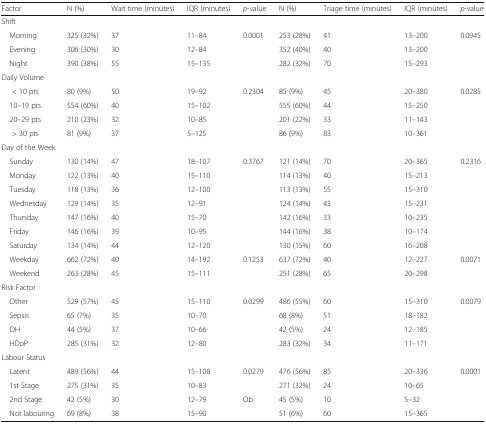
<table><thead><tr><td><b>Factor</b></td><td><b>N (%)</b></td><td><b>Wait time (minutes)</b></td><td><b>IQR (minutes)</b></td><td><b><i>p</i>-value</b></td><td><b>N (%)</b></td><td><b>Triage time (minutes)</b></td><td><b>IQR (minutes)</b></td><td><b><i>p</i>-value</b></td></tr></thead><tbody><tr><td colspan="9">Shift</td></tr><tr><td> Morning</td><td>325 (32%)</td><td>37</td><td>11–84</td><td>0.0001</td><td>253 (28%)</td><td>41</td><td>13–200</td><td>0.0945</td></tr><tr><td> Evening</td><td>306 (30%)</td><td>30</td><td>12–84</td><td></td><td>352 (40%)</td><td>40</td><td>13–200</td><td></td></tr><tr><td> Night</td><td>390 (38%)</td><td>55</td><td>15–135</td><td></td><td>282 (32%)</td><td>70</td><td>15–293</td><td></td></tr><tr><td colspan="9">Daily Volume</td></tr><tr><td>&lt; 10 pts</td><td>80 (9%)</td><td>50</td><td>19–92</td><td>0.2304</td><td>85 (9%)</td><td>45</td><td>20–380</td><td>0.0285</td></tr><tr><td> 10–19 pts</td><td>554 (60%)</td><td>40</td><td>15–102</td><td></td><td>555 (60%)</td><td>44</td><td>15–250</td><td></td></tr><tr><td> 20–29 pts</td><td>210 (23%)</td><td>32</td><td>10–85</td><td></td><td>201 (22%)</td><td>33</td><td>11–143</td><td></td></tr><tr><td>&gt; 30 pts</td><td>81 (9%)</td><td>37</td><td>5–125</td><td></td><td>86 (9%)</td><td>83</td><td>10–361</td><td></td></tr><tr><td colspan="9">Day of the Week</td></tr><tr><td> Sunday</td><td>130 (14%)</td><td>47</td><td>18–107</td><td>0.3767</td><td>121 (14%)</td><td>70</td><td>20–365</td><td>0.2316</td></tr><tr><td> Monday</td><td>122 (13%)</td><td>40</td><td>15–110</td><td></td><td>114 (13%)</td><td>40</td><td>15–213</td><td></td></tr><tr><td> Tuesday</td><td>118 (13%)</td><td>36</td><td>12–100</td><td></td><td>113 (13%)</td><td>55</td><td>15–310</td><td></td></tr><tr><td> Wednesday</td><td>129 (14%)</td><td>35</td><td>12–91</td><td></td><td>124 (14%)</td><td>43</td><td>15–231</td><td></td></tr><tr><td> Thursday</td><td>147 (16%)</td><td>40</td><td>15–70</td><td></td><td>142 (16%)</td><td>33</td><td>10–235</td><td></td></tr><tr><td> Friday</td><td>146 (16%)</td><td>39</td><td>10–95</td><td></td><td>144 (16%)</td><td>38</td><td>10–174</td><td></td></tr><tr><td> Saturday</td><td>134 (14%)</td><td>44</td><td>12–120</td><td></td><td>130 (15%)</td><td>60</td><td>16–208</td><td></td></tr><tr><td> Weekday</td><td>662 (72%)</td><td>40</td><td>14–192</td><td>0.1253</td><td>637 (72%)</td><td>40</td><td>12–227</td><td>0.0071</td></tr><tr><td> Weekend</td><td>263 (28%)</td><td>45</td><td>15–111</td><td></td><td>251 (28%)</td><td>65</td><td>20–298</td><td></td></tr><tr><td colspan="9">Risk Factor</td></tr><tr><td> Other</td><td>529 (57%)</td><td>45</td><td>15–110</td><td>0.0299</td><td>486 (55%)</td><td>60</td><td>15–310</td><td>0.0079</td></tr><tr><td> Sepsis</td><td>65 (7%)</td><td>35</td><td>10–70</td><td></td><td>68 (8%)</td><td>51</td><td>18–182</td><td></td></tr><tr><td> OH</td><td>44 (5%)</td><td>37</td><td>10–66</td><td></td><td>42 (5%)</td><td>24</td><td>12–185</td><td></td></tr><tr><td> HDoP</td><td>285 (31%)</td><td>32</td><td>12–80</td><td></td><td>283 (32%)</td><td>34</td><td>11–171</td><td></td></tr><tr><td colspan="9">Labour Status</td></tr><tr><td> Latent</td><td>489 (56%)</td><td>44</td><td>15–108</td><td>0.0279</td><td>476 (56%)</td><td>85</td><td>20–336</td><td>0.0001</td></tr><tr><td> 1st Stage</td><td>275 (31%)</td><td>35</td><td>10–83</td><td></td><td>271 (32%)</td><td>24</td><td>10–65</td><td></td></tr><tr><td> 2nd Stage</td><td>42 (5%)</td><td>30</td><td>12–79</td><td>Ob</td><td>45 (5%)</td><td>10</td><td>5–32</td><td></td></tr><tr><td> Not labouring</td><td>69 (8%)</td><td>38</td><td>15–90</td><td></td><td>51 (6%)</td><td>60</td><td>15–365</td><td></td></tr></tbody></table>